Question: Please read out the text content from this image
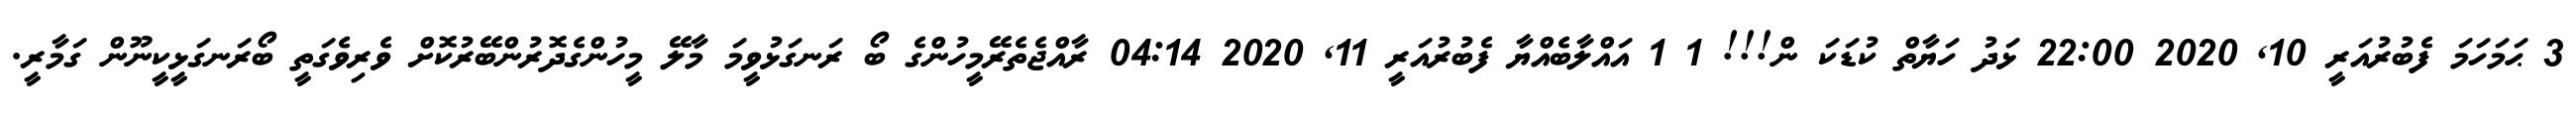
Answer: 3 ޙަމަހަމަ ފެބުރުއަރީ 10, 2020 22:00 ޅަދު ހަޔާތް ކުޑަކަ ން!!! 1 1 އައްލާބެއްޔާ ފެބުރުއަރީ 11, 2020 04:14 ރާއްޖެތެރޭމީހުންގެ ބޯ ރަނގަޅުވީމަ މާލޭ މީހުންގެދޮރުންބޭރުކޮށް ވެރިވެގަތީ ބޯރަނގަޅީކީނޫން ގަމާރީ.